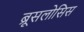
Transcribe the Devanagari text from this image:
ब्रूसलोसिस